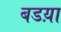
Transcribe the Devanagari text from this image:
बडय़ा